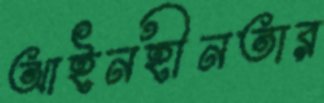
আইনহীনতার